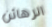
الرهائن